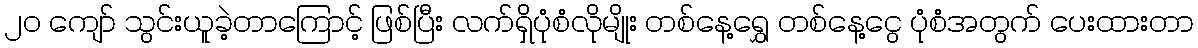
၂၀ ကျော် သွင်းယူခဲ့တာကြောင့် ဖြစ်ပြီး လက်ရှိပုံစံလိုမျိုး တစ်နေ့ရွှေ တစ်နေ့ငွေ ပုံစံအတွက် ပေးထားတာ